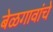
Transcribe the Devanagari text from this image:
बेळगावांचे